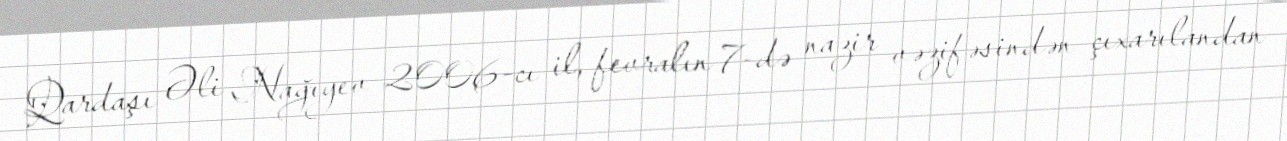
Qardaşı Əli Nağıyev 2006-cı il, fevralın 7-də nazir vəzifəsindən çıxarılandan